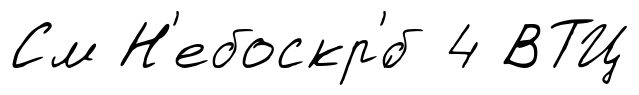
См Н'ебоскр'́б 4 ВТЦ